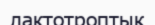
лактотроптық